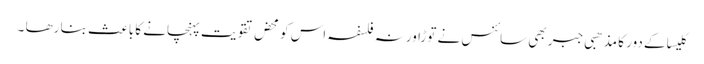
کلیسا کے دور کا مذھبی جبر بھی سائنس نے توڑا ورنہ فلسفہ اس کو محض تقویت پہنچانے کا باعث بنا رھا ۔